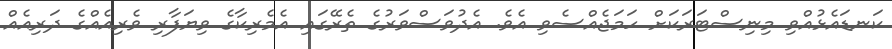
ކަނޑައެޅުއްވި މިނިސްޓަރަކަށް ހަމަޖެއްސެވި އެވެ. އެދުވަސްވަރުގެ ތެރޭގައި އެމެރިކާގެ ވިޔަފާރި ވެރިއެއްގެ ދަރިއެއް